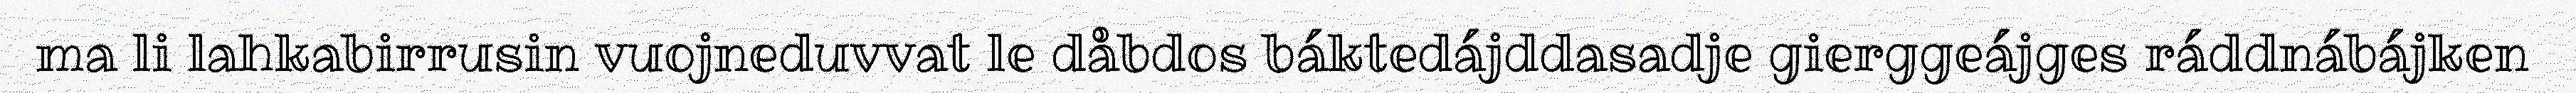
ma li lahkabirrusin vuojneduvvat le dåbdos báktedájddasadje gierggeájges ráddnábájken